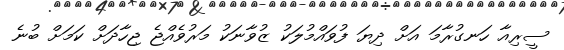
ސީރިއާ ހަނގުރާމަ އަށް ދިޔަ ފުވައްމުލަކު ޒުވާނަކު މަރުވެއްޖެ ޖިހާދަށް ކަމަށް ބުނެ